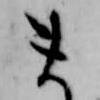
ま